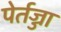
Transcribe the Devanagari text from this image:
पेर्तज्जा